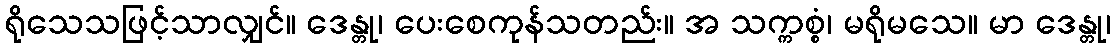
ရိုသေသဖြင့်သာလျှင်။ ဒေန္တု၊ ပေးစေကုန်သတည်း။ အ သက္ကစ္စံ၊ မရိုမသေ။ မာ ဒေန္တု၊